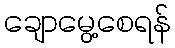
ချောမွေ့စေရန်